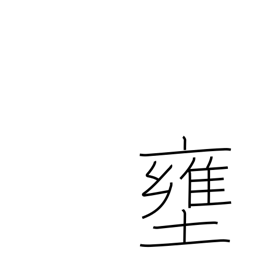
Meaning: shut up